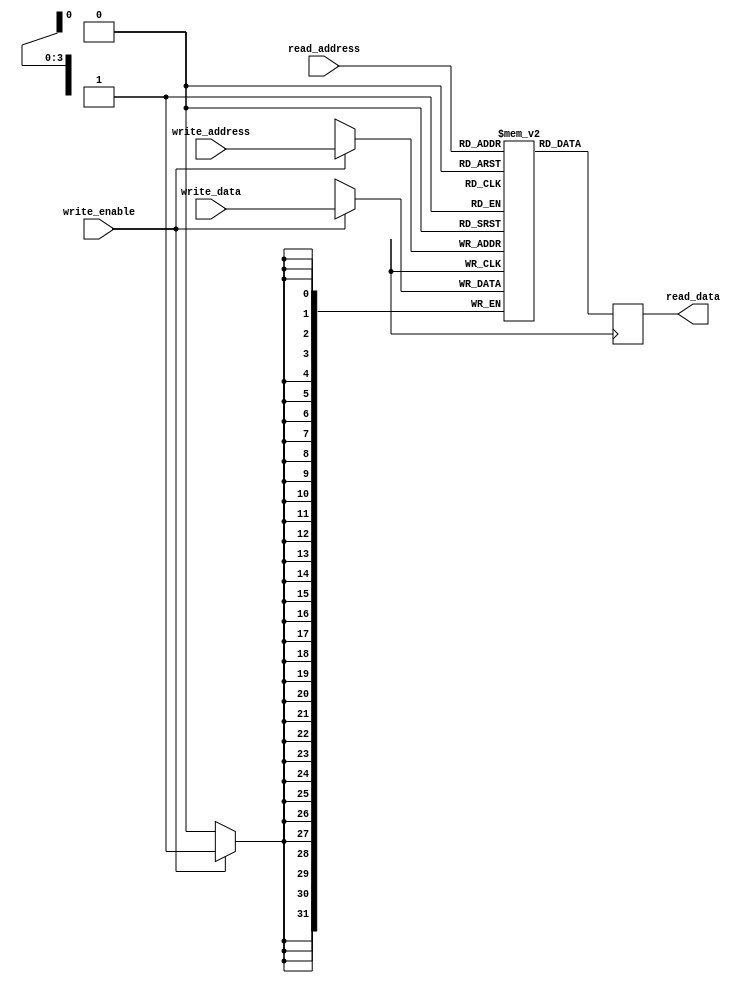
module Register_File (
    input [3:0] read_address,
    input [3:0] write_address,
    input [31:0] write_data,
    input write_enable,
    output reg [31:0] read_data
);

reg [31:0] registers [0:15];

always @(posedge clk) begin
    if (write_enable) begin
        registers[write_address] <= write_data;
    end
    read_data <= registers[read_address];
end

endmodule